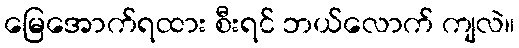
မြေအောက်ရထား စီးရင် ဘယ်လောက် ကျလဲ။